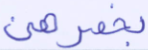
بخمرهن